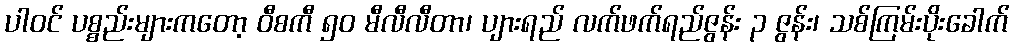
ပါဝင် ပစ္စည်းများကတော့ ဝီစကီ ၅၀ မီလီလီတာ၊ ပျားရည် လက်ဖက်ရည်ဇွန်း ၃ ဇွန်း၊ သစ်ကြမ်းပိုးခေါက်